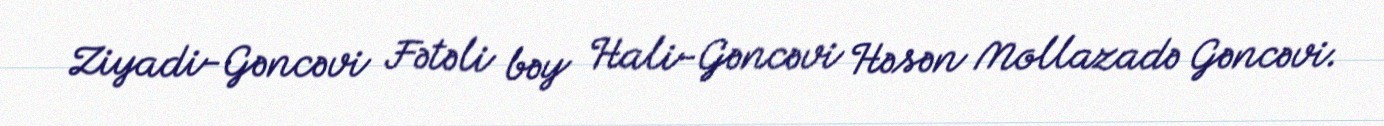
Ziyadi-Gəncəvi Fətəli bəy Hali-Gəncəvi Həsən Mollazadə Gəncəvi.